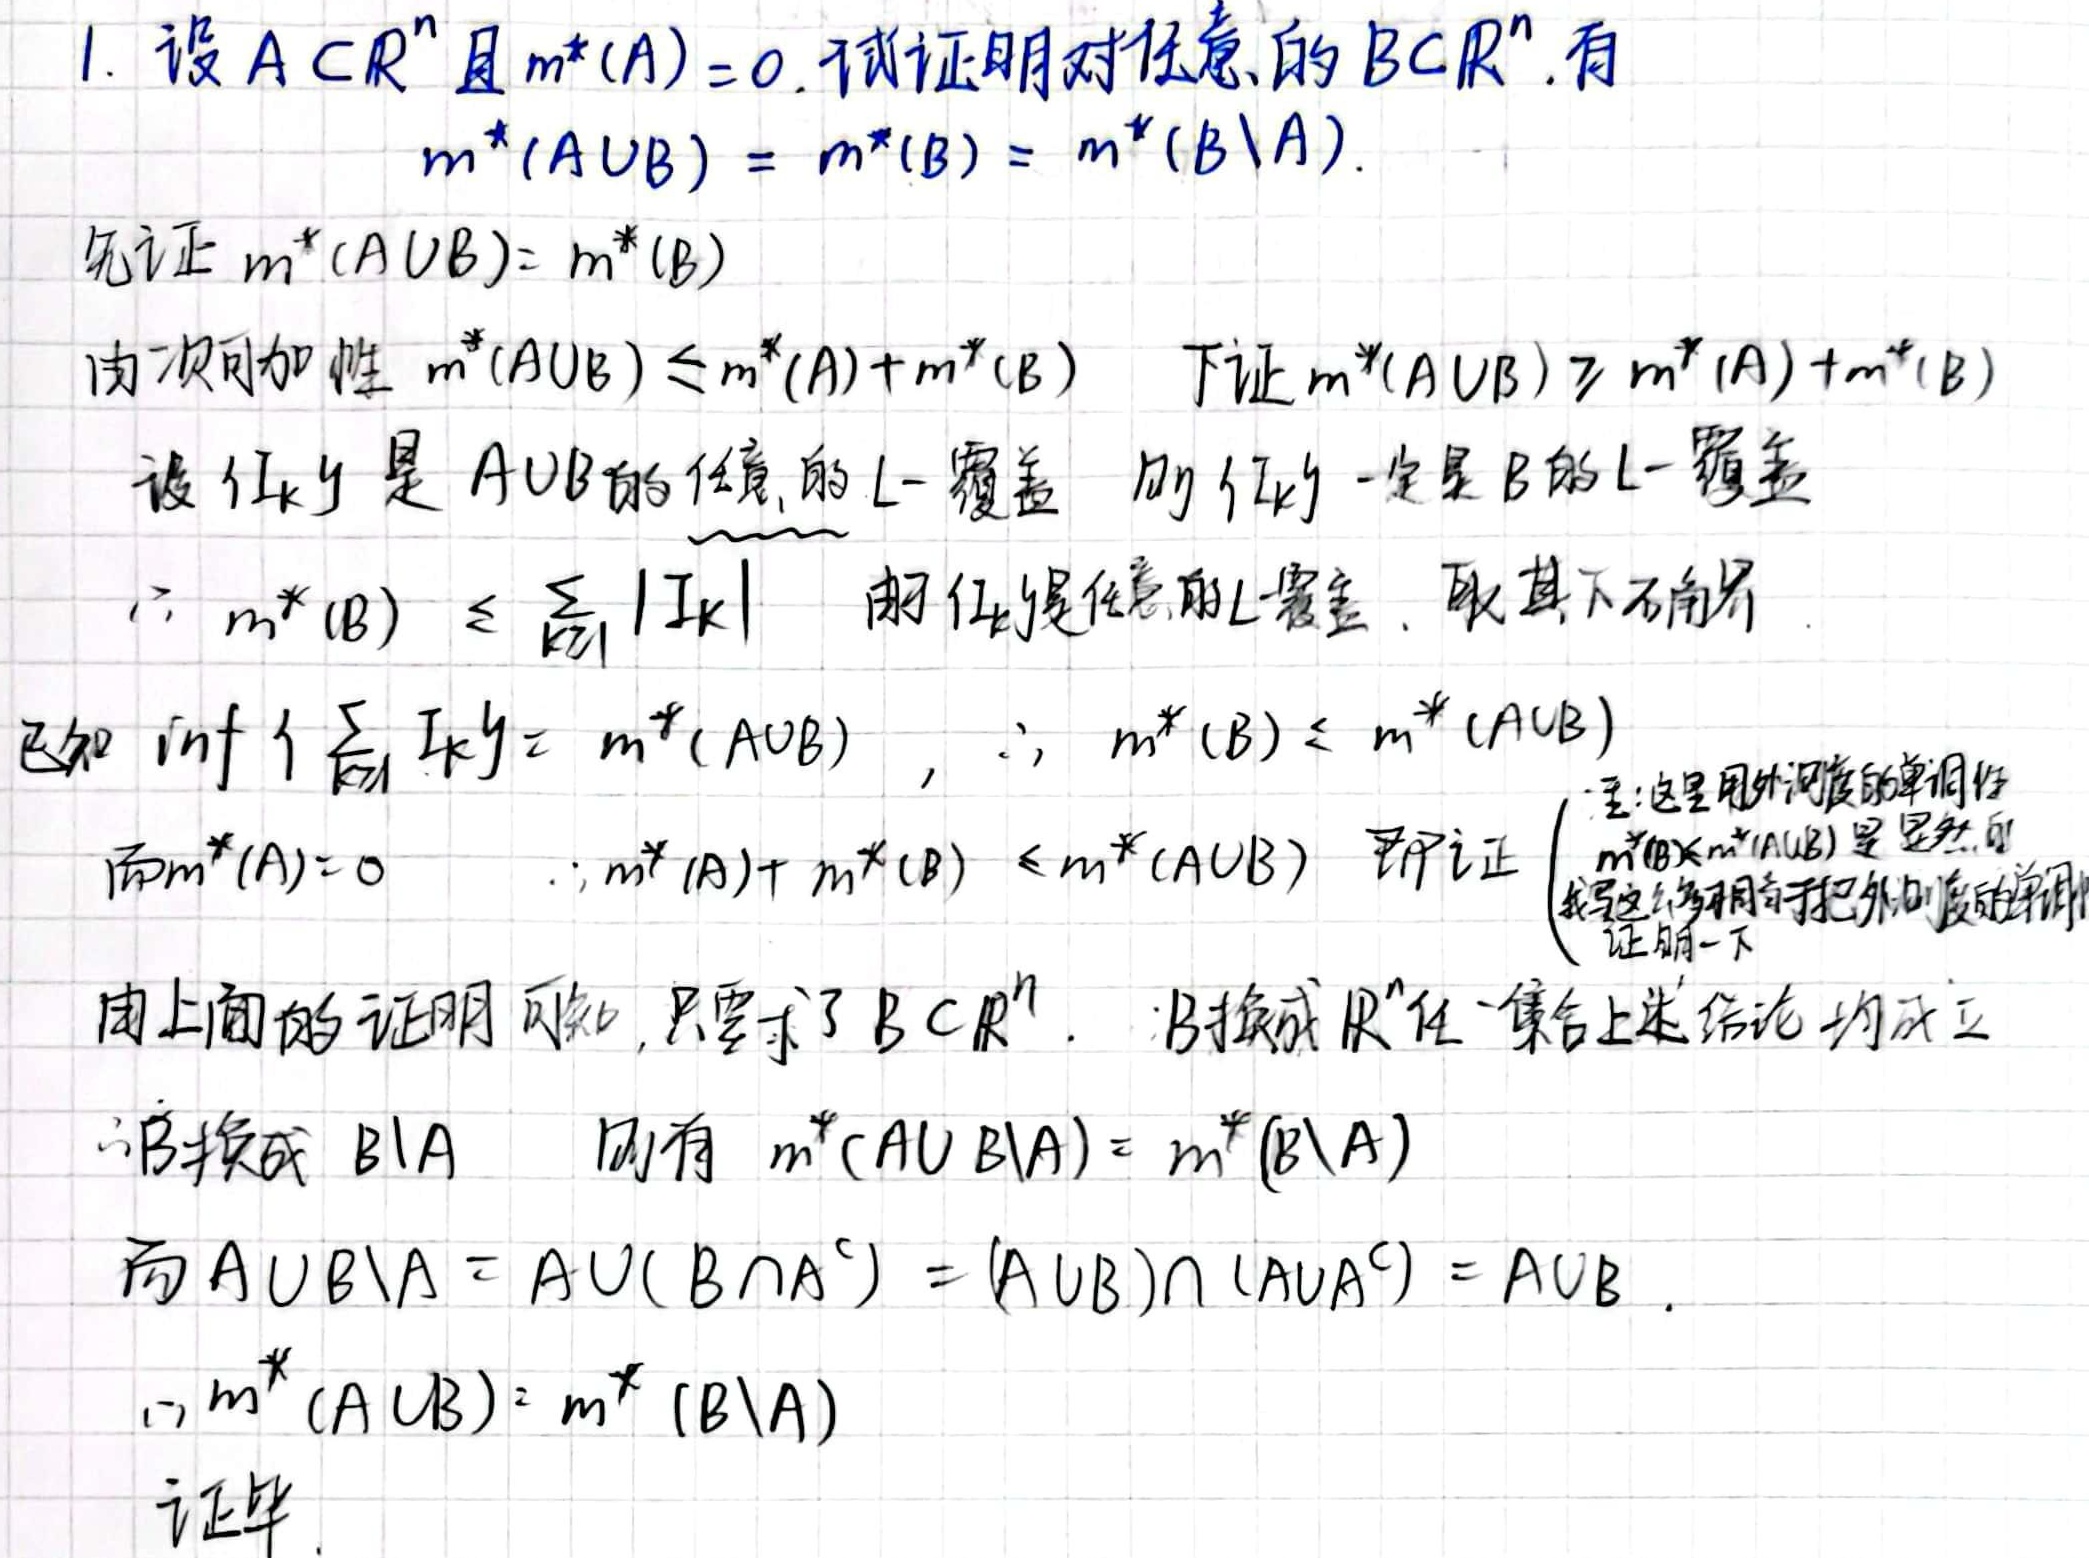
1. 设 $A\subset\mathbb{R}^n$ 且 $m^*(A) = 0$. 试证明对任意的 $B\subset\mathbb{R}^n$, 有
   - $m^*(A\cup B)=m^*(B)=m^*(B\setminus A)$.
先证 $m^*(A\cup B)=m^*(B)$
   - 由次可加性 $m^*(A\cup B)\leq m^*(A)+m^*(B)$. 下证 $m^*(A\cup B)\geq m^*(A)+m^*(B)$
设 $\{I_k\}$ 是 $A\cup B$ 的任意的 $L -$ 覆盖, 则 $\{I_k\}$ 一定是 $B$ 的 $L -$ 覆盖
   - $\therefore m^*(B)\leq\sum_{k = 1}^{\infty}|I_k|$, 由任意覆盖的 $L -$ 覆盖, 取其下确界
已知 $\inf\{\sum_{k = 1}^{\infty}|I_k|\}=m^*(A\cup B)$, $\therefore m^*(B)\leq m^*(A\cup B)$
而 $m^*(A)=0$, $\therefore m^*(A)+m^*(B)\leq m^*(A\cup B)$ 即证
由上面的证明可知, 只要了 $B\subset\mathbb{R}^n$, $B$ 换成 $\mathbb{R}^n$ 任一集合上述结论均成立
将 $B$ 换成 $B\setminus A$, 则有 $m^*(A\cup(B\setminus A))=m^*(B\setminus A)$
而 $A\cup(B\setminus A)=A\cup(B\cap A^c)=(A\cup B)\cap(A\cup A^c)=A\cup B$
$\therefore m^*(A\cup B)=m^*(B\setminus A)$
证毕.